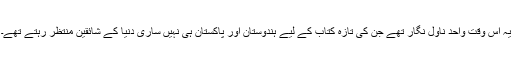
یہ اس وقت واحد ناول نگار تھے جن کی تازہ کتاب کے لیے ہندوستان اور پاکستان ہی نہیں ساری دنیا کے شائقین منتظر رہتے تھے۔